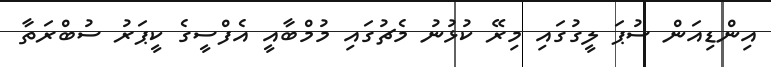
އިންޑިއަން ސުޕަ ލީގުގައި މިރޭ ކުޅުނު މެޗުގައި މުމްބާއީ އެފްސީގެ ކީޕަރު ސުބްރަތާ